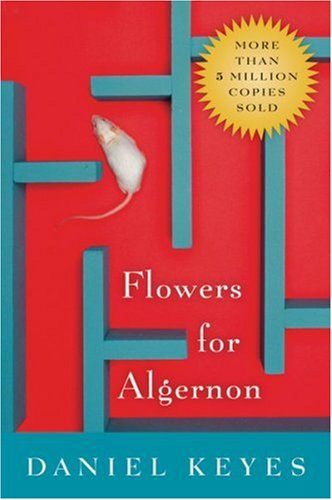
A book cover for Flowers for Algernon; Daniel Keyes; Literature & Fiction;